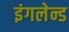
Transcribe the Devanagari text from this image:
इंगलेन्ड